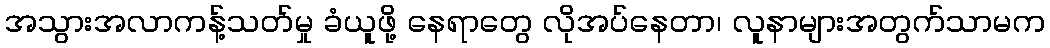
အသွားအလာကန့်သတ်မှု ခံယူဖို့ နေရာတွေ လိုအပ်နေတာ၊ လူနာများအတွက်သာမက